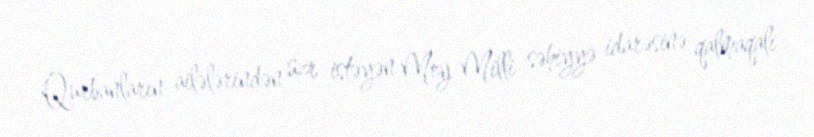
Qurbanların ailələrindən üzr istəyən Mey Milli səhiyyə idarəsinə qalmaqalı